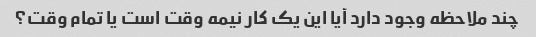
چند ملاحظه وجود دارد آیا این یک کار نیمه وقت است یا تمام وقت؟